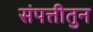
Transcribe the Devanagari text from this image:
संपत्तीतुन